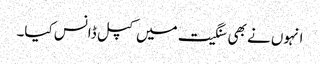
انہوں نے بھی سنگیت میں کپل ڈانس کیا۔